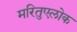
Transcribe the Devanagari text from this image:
मरितुएलोक